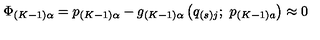
\Phi _ { \left( K - 1 \right) \alpha } = p _ { \left( K - 1 \right) \alpha } - g _ { \left( K - 1 \right) \alpha } \left( q _ { \left( s \right) j } ; \ p _ { \left( K - 1 \right) a } \right) \approx 0